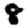
Digit: 8